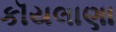
કૉયલાણા